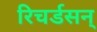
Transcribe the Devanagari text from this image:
रिचर्डसन्